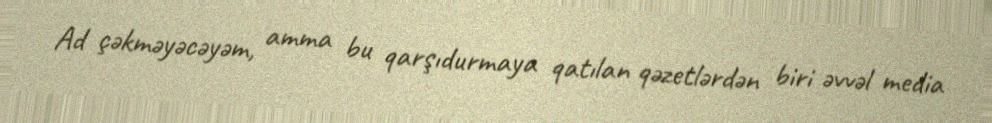
Ad çəkməyəcəyəm, amma bu qarşıdurmaya qatılan qəzetlərdən biri əvvəl media